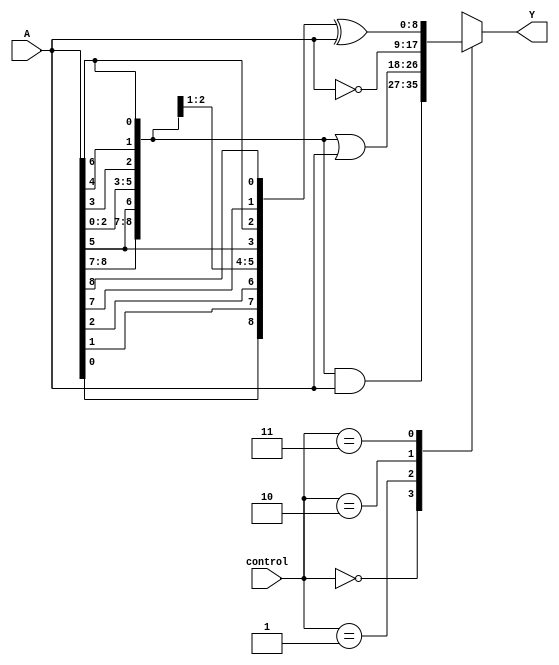
module adjacency_groups (
    input wire [8:0] A,  // 3x3 grid inputs (A[0] to A[8])
    input wire [1:0] control,  // Control signals to define operation mode
    output reg [8:0] Y  // Output signals based on adjacency logic
);

// Define the adjacency detection logic
wire [8:0] adjacent_1; // Adjacent group 1
wire [8:0] adjacent_2; // Adjacent group 2

// Detect adjacency based on predefined criteria
assign adjacent_1 = {A[8], A[7], A[5], A[2], A[1], A[0], A[3], A[4], A[6]}; // Example adjacency (diagonal and direct)
assign adjacent_2 = {A[0], A[1], A[2], A[3], A[4], A[5], A[6], A[7], A[8]}; // All inputs as adjacent

// Combinational logic based on control signals
always @(*) begin
    case (control)
        2'b00: Y = adjacent_1 & A;  // AND operation with adjacent group 1
        2'b01: Y = adjacent_1 | A;  // OR operation with adjacent group 1
        2'b10: Y = ~A;               // NOT operation on inputs
        2'b11: Y = adjacent_2 ^ A;  // XOR operation with adjacent group 2
        default: Y = 9'b0;           // Default case
    endcase
end

endmodule